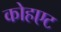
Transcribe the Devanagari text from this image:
कोहएट